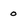
Character: o